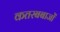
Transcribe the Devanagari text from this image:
कतरबबाजों